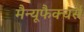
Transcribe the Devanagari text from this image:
मैन्यूफैक्चर्स